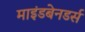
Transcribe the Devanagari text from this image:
माइंडबेनडर्स